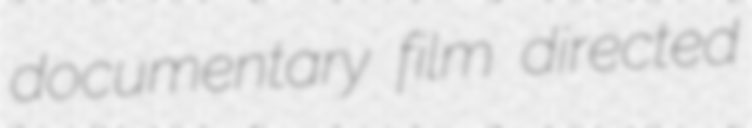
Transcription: documentary film directed